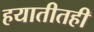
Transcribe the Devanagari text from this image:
हयातीतही